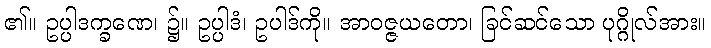
၏။ ဥပ္ပါဒက္ခဏေ၊ ၌။ ဥပ္ပါဒံ၊ ဥပါဒ်ကို။ အာဝဇ္ဇယတော၊ ခြင်ဆင်သော ပုဂ္ဂိုလ်အား။